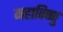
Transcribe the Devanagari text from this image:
महाविष्‍णु